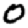
Digit: 0